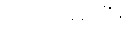
ကြိုးပမ်းပြီး